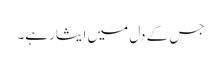
جس کے دل میں ایثار ہے۔